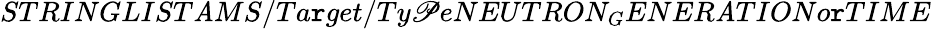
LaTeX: STRINGLIST\mathit{A}MS/Ta\mathtt{r}get/Ty\mathscr{P}eNEUTRON_{G}ENER\mathit{A}TIONo\mathtt{r}TIME